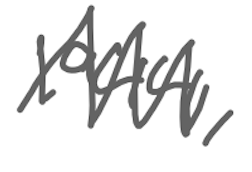
Text: 1944,
Cross-out: mix
Writing tool: digital_gray